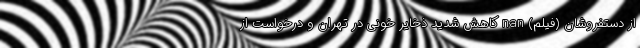
از دستفروشان (فیلم) nan کاهش شدید ذخایر خونی در تهران و درخواست از